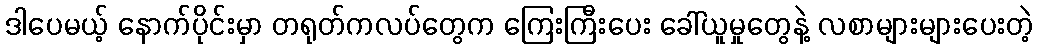
ဒါပေမယ့် နောက်ပိုင်းမှာ တရုတ်ကလပ်တွေက ကြေးကြီးပေး ခေါ်ယူမှုတွေနဲ့ လစာများများပေးတဲ့